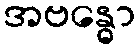
အဗန္ဓော